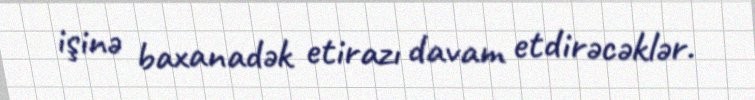
işinə baxanadək etirazı davam etdirəcəklər.